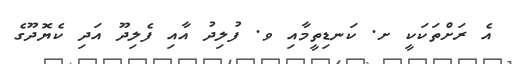
އެ ރަށްތަކަކީ ށ. ކަނޑިތީމާއި ވ. ފުލިދު އާއި ފެލިދޫ އަދި ކެޔޮދޫގެ